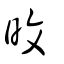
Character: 旼